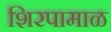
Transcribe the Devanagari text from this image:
शिरपामाळ